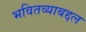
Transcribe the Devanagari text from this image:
भवितव्याबद्दल